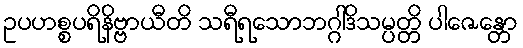
ဥပဟစ္စပရိနိဗ္ဗာယီတိ သရီရသောဘဂ္ဂါဒိသမ္ပတ္တိ ပါဇေန္တော